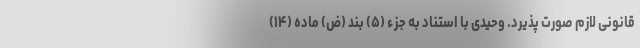
قانونی لازم صورت پذیرد. وحیدی با استناد به جزء (۵) بند (ض) ماده (۱۴)